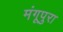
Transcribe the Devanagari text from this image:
मंगूपुरा